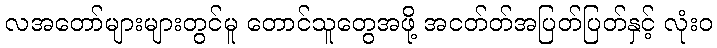
လအတော်များများတွင်မူ တောင်သူတွေအဖို့ အငတ်တ်အပြတ်ပြတ်နှင့် လုံးဝ